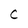
Character: C